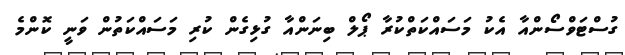
ގުސްޓަވްސޯންއާ އެކު މަސައްކަތްކުރާ ޕޯލް ބިނަންއާ ގުޅިގެން ކުރި މަސައްކަތުން ވަނީ ކޮންމެ